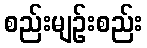
စည်းမျဉ်းစည်း